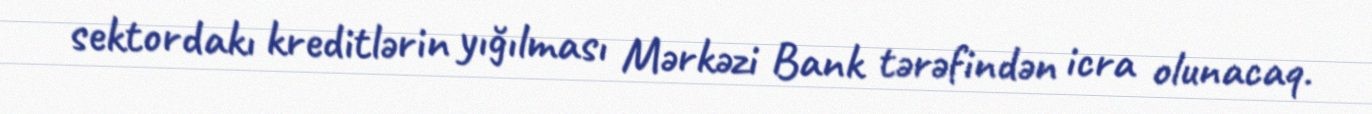
sektordakı kreditlərin yığılması Mərkəzi Bank tərəfindən icra olunacaq.